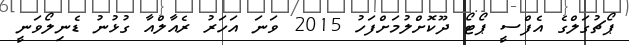
ޕޯޗުގަލްގެ އެފްސީ ޕޯޓޯ ދޫކޮށްލުމަށްފަހު 2015 ވަނަ އަހަރު ރެއާލްއާ ގުޅުނު ޑެނިލޯވަނީ